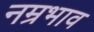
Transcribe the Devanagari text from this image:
नम्रभाव